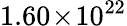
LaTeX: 1.60\! \times\! 10^{22}